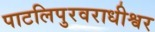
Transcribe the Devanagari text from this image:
पाटलिपुरवराधीश्वर